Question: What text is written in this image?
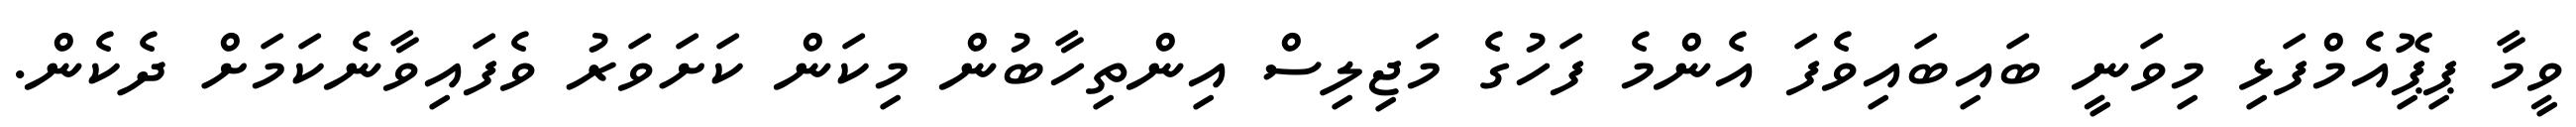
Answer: ވީމާ ޕިޕޮިއެމްފަޅި މިވަނީ ބައިބައިވެފަ އެންމެ ފަހުގެ މަޖިލިސް އިންތިހާބުން މިކަން ކަށަވަރު ވެފައިވާނެކަމަށް ދެކެން.